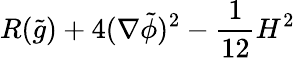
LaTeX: R(\tilde{g})+4(\nabla\tilde{\phi})^{2}-{\frac{1}{12}}H^{2}